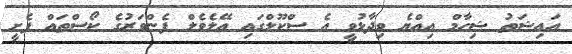
އައިޝަތު ޝިހާމް އިއްޔެ ވިދާޅުވީ އެ ސްކޫލްގައި އޭލެވެލް ފެންވަރުގެ ކޯސްތައް ފެށީ